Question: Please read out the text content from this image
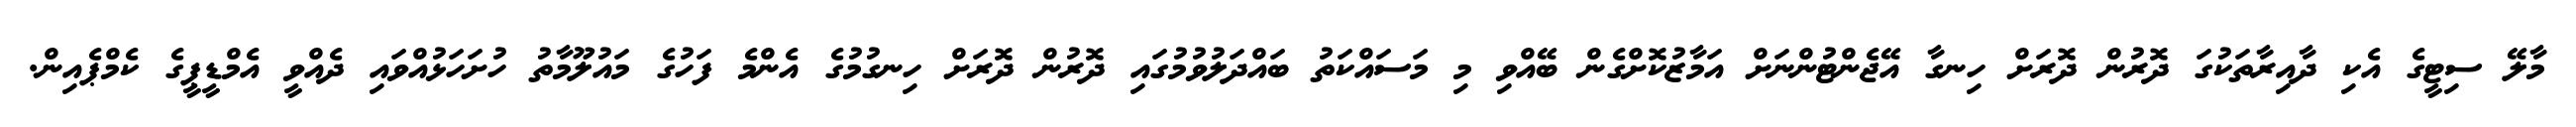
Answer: މާލޭ ސިޓީގެ އެކި ދާއިރާތަކުގަ ދޮރުން ދޮރަށް ހިނގާ އޭޖެންޓުންނަށް އަމާޒުކޮށްގެން ބޭއްވި މި މަސައްކަތު ބައްދަލުވުމުގައި ދޮރުން ދޮރަށް ހިނގުމުގެ އެންމެ ފަހުގެ މައުލޫމާތު ހުށަހަޅުއްވައި ދެއްވީ އެމްޑީޕީގެ ކެމްޕެއިން.